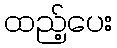
ထည့်ပေး